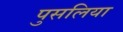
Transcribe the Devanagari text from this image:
पुसलिया